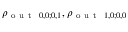
\rho _ { \mathrm { ~ o ~ u ~ t ~ } ~ 0 , 0 ; 0 , 1 } , \rho _ { \mathrm { ~ o ~ u ~ t ~ } ~ 1 , 0 ; 0 , 0 }